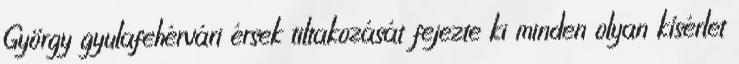
György gyulafehérvári érsek tiltakozását fejezte ki minden olyan kísérlet